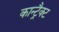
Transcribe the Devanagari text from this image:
कान्ट्रैक्ट